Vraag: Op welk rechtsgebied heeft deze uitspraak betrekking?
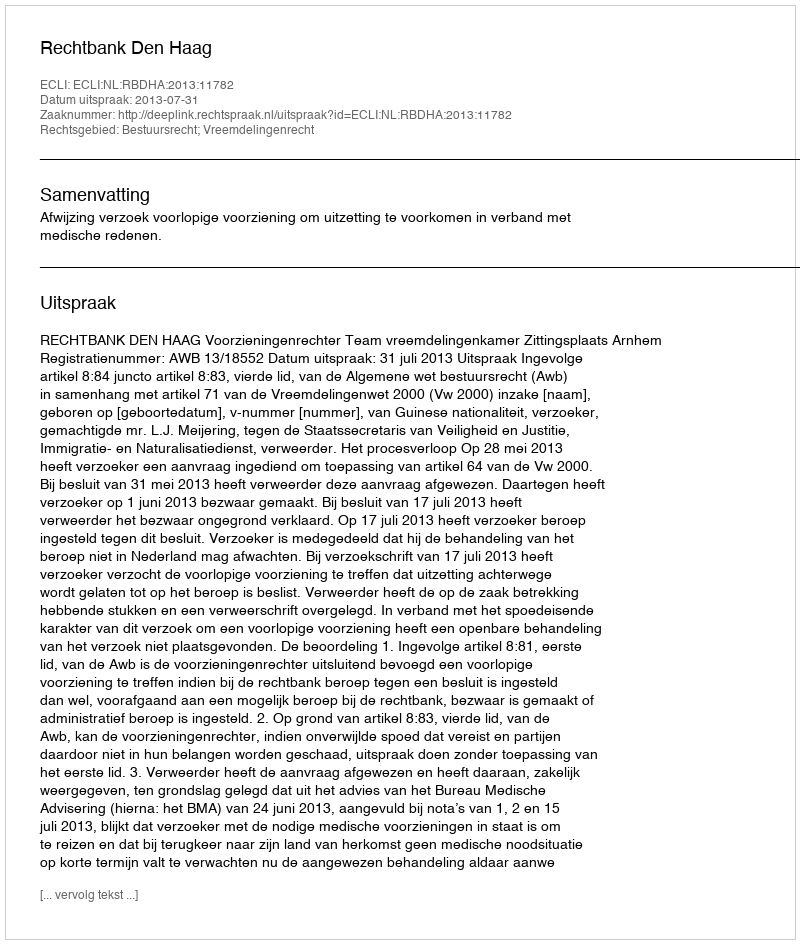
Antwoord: Bestuursrecht; Vreemdelingenrecht